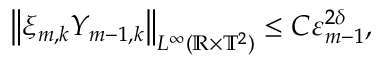
\begin{array} { r } { \mathopen { } \mathclose \bgroup \left\| \xi _ { m , k } Y _ { m - 1 , k } \aftergroup \egroup \right\| _ { L ^ { \infty } ( \ensuremath { \mathbb { R } } \times \ensuremath { \mathbb { T } } ^ { 2 } ) } \leq C \varepsilon _ { m - 1 } ^ { 2 \delta } , } \end{array}